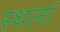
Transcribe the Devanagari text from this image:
स्थलां